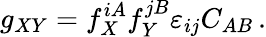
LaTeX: g_{XY}=f_{X}^{iA}f_{Y}^{jB}\varepsilon_{ij}C_{AB}\, .